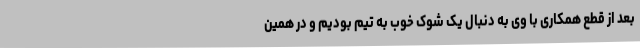
بعد از قطع همکاری با وی به دنبال یک شوک خوب به تیم بودیم و در همین